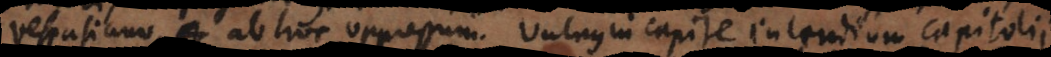
Vespasiano, ab hoc oppressum. Vulnus in capite incendium Capitolii